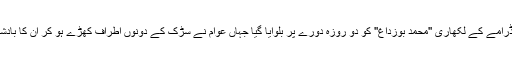
چیچنیا میں اس ڈرامے کے لکھاری ''محمد بوزداغ'' کو دو روزہ دورے پر بلوایا گیا جہاں عوام نے سڑک کے دونوں اطراف کھڑے ہو کر ان کا بادشاہانہ استقبال کیا۔